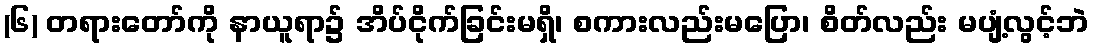
(၆) တရားတော်ကို နာယူရာ၌ အိပ်ငိုက်ခြင်းမရှိ၊ စကားလည်းမပြော၊ စိတ်လည်း မပျံ့လွင့်ဘဲ